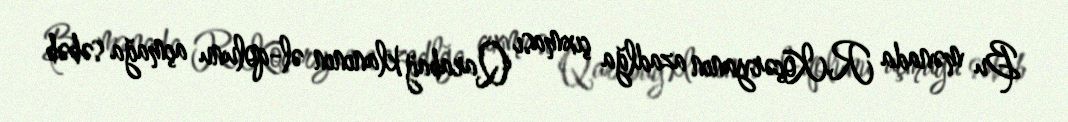
Bu mənada R.Köçəryanın azadlğa çıxması Qarabağ klanının əl-qolunu açmağa səbəb